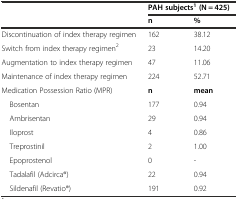
<table><thead><tr><td></td><td colspan="2"><b>PAH subjects<sup>1</sup>(N = 425)</b></td></tr><tr><td></td><td><b>n</b></td><td><b>%</b></td></tr></thead><tbody><tr><td>Discontinuation of index therapy regimen</td><td>162</td><td>38.12</td></tr><tr><td>Switch from index therapy regimen<sup>2</sup></td><td>23</td><td>14.20</td></tr><tr><td>Augmentation to index therapy regimen</td><td>47</td><td>11.06</td></tr><tr><td>Maintenance of index therapy regimen</td><td>224</td><td>52.71</td></tr><tr><td>Medication Possession Ratio (MPR)</td><td><b>n</b></td><td><b>mean</b></td></tr><tr><td> Bosentan</td><td>177</td><td>0.94</td></tr><tr><td> Ambrisentan</td><td>29</td><td>0.94</td></tr><tr><td> Iloprost</td><td>4</td><td>0.86</td></tr><tr><td> Treprostinil</td><td>2</td><td>1.00</td></tr><tr><td> Epoprostenol</td><td>0</td><td>-</td></tr><tr><td> Tadalafil (Adcirca®)</td><td>22</td><td>0.94</td></tr><tr><td> Sildenafil (Revatio®)</td><td>191</td><td>0.92</td></tr></tbody></table>